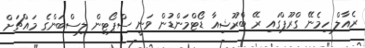
ރެއާލް ހިމެނޭ ގްރޫޕްގައި ރޭ ބްރޫޝިއާ ޑޯޓްމަންޑުން ވަނީ ސްޕޯޓިން ލިސްބަންގެ މައްޗަށް